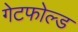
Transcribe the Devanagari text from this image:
गेटफोल्ड